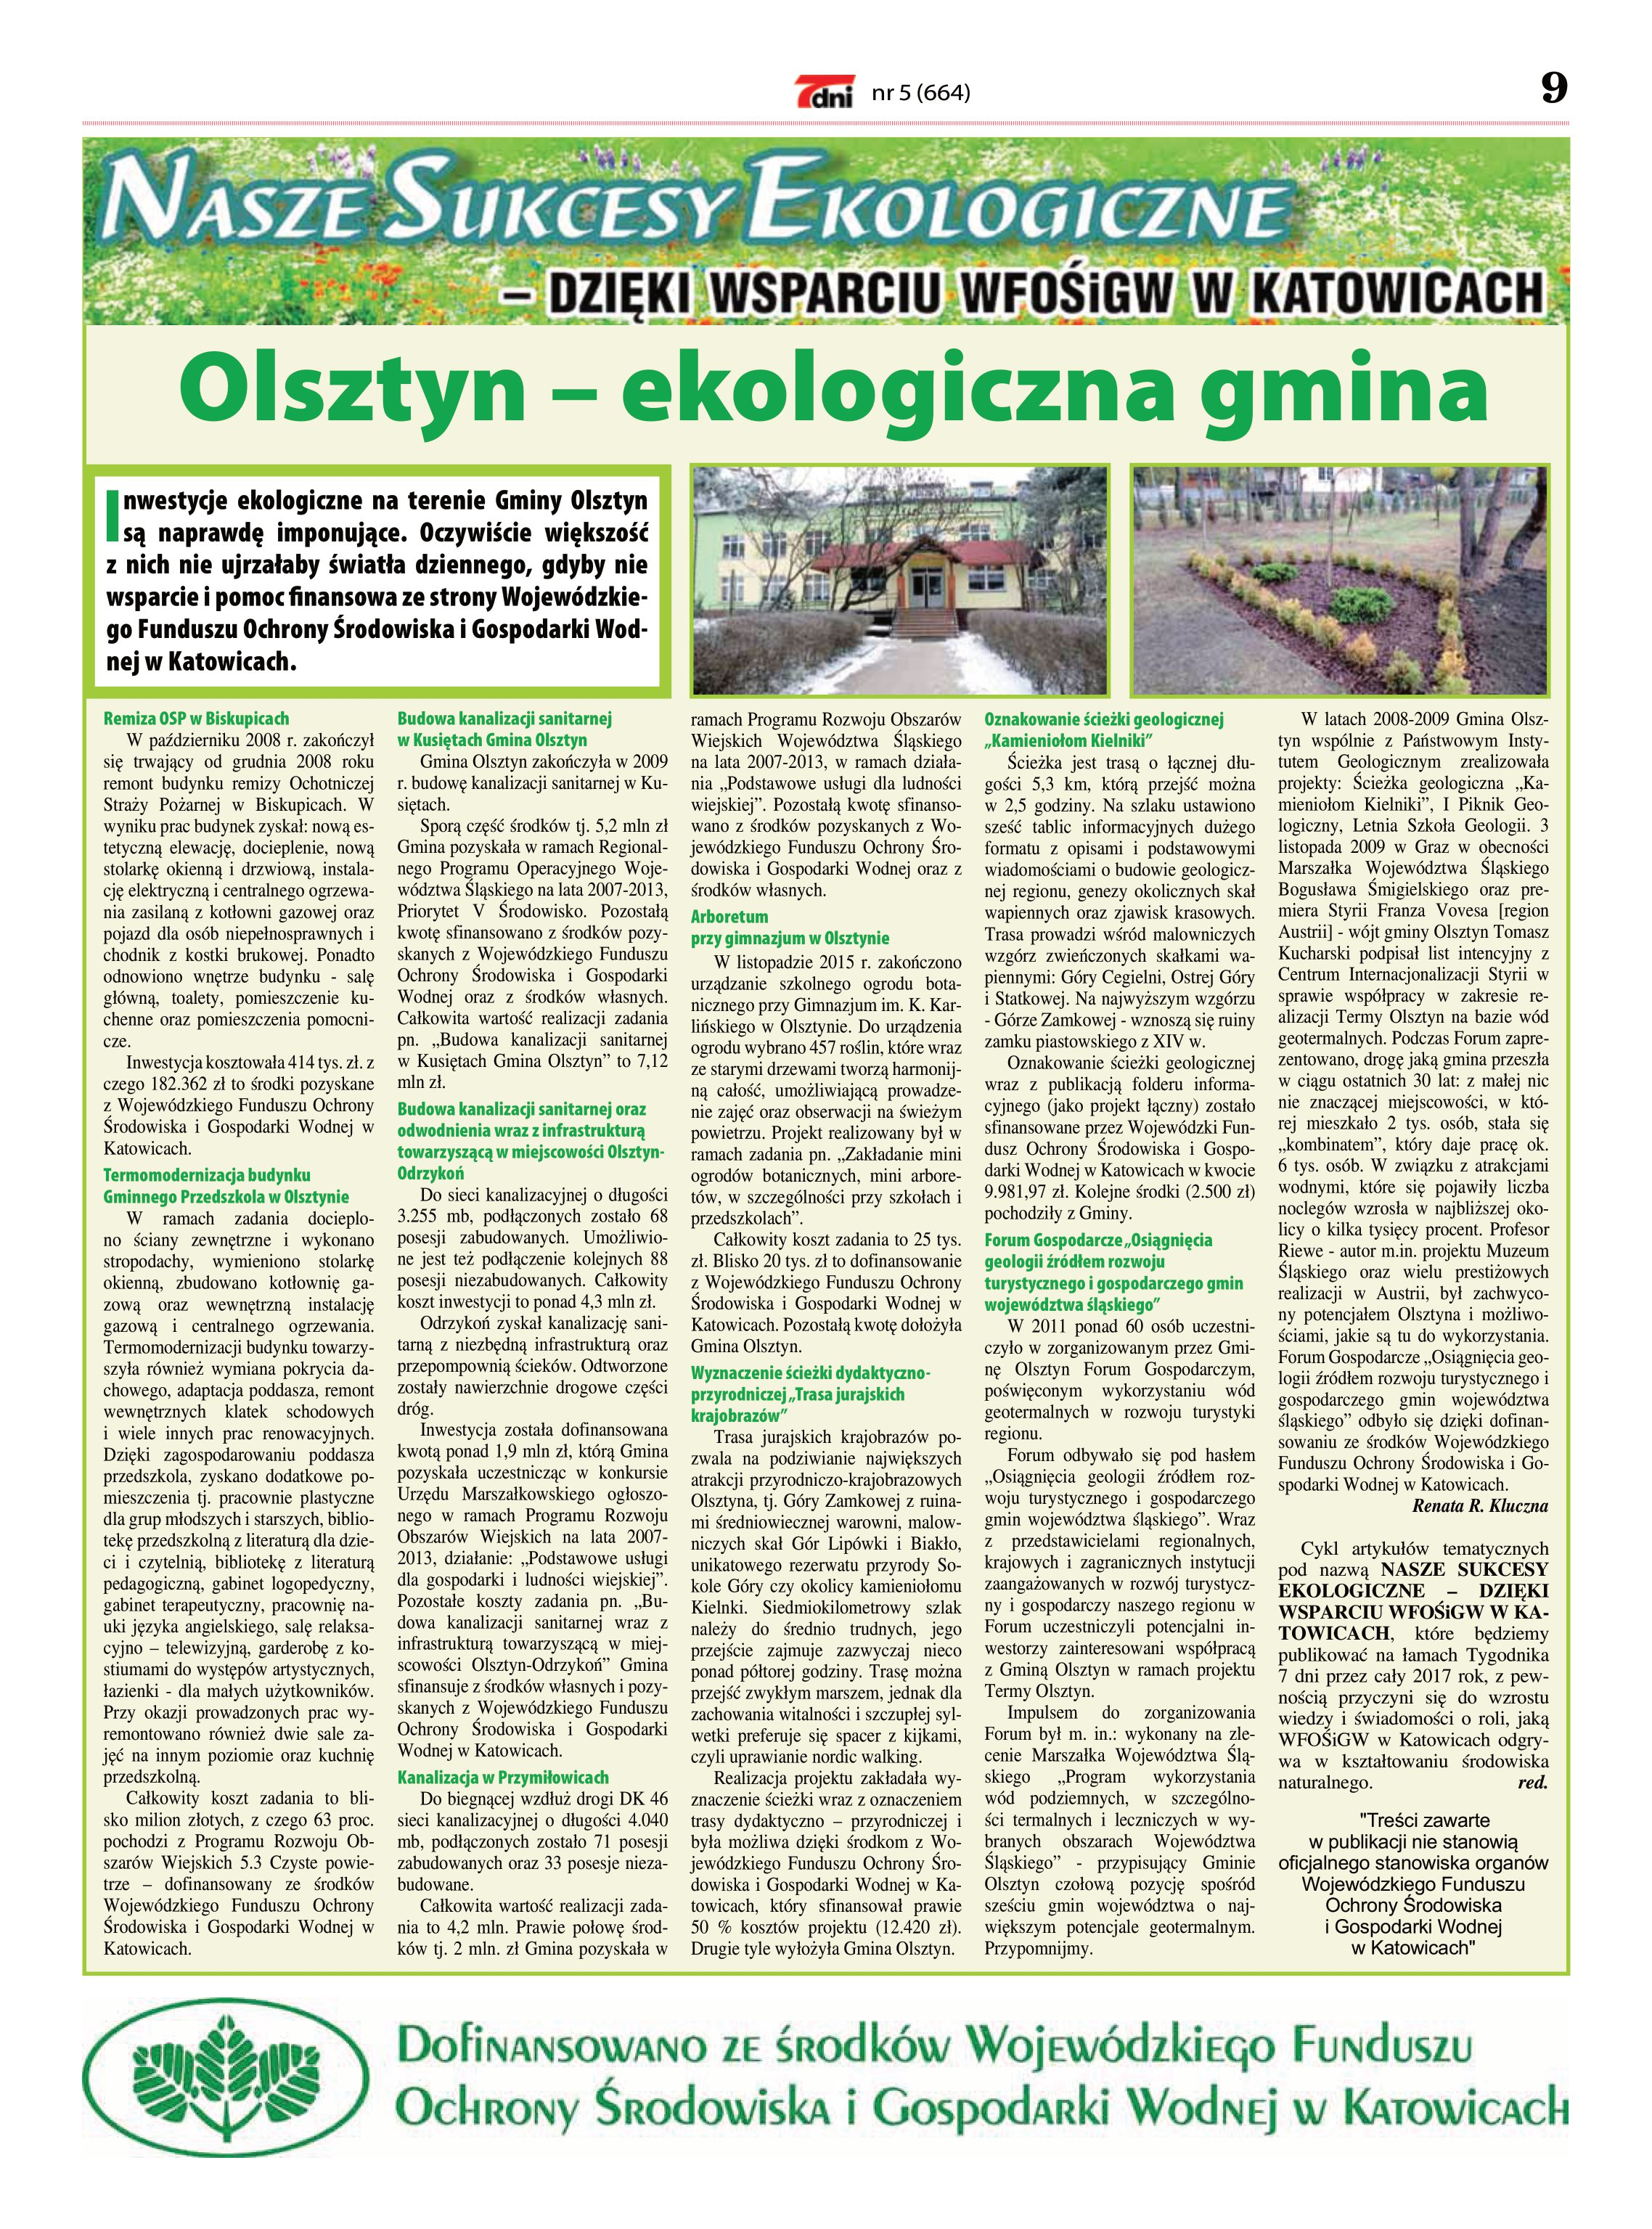
Language: pl